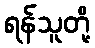
ရန်သူတို့